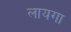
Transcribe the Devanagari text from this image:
लायगा